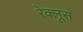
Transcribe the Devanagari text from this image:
रेक्लूस